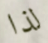
لذا